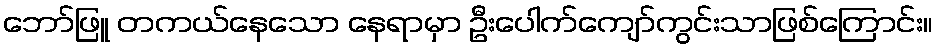
ဘော်ဖြူ တကယ်နေသော နေရာမှာ ဦးပေါက်ကျော်ကွင်းသာဖြစ်ကြောင်း။